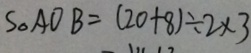
S _ { \Delta } A O B = ( 2 0 + 8 ) \div 2 \times 3